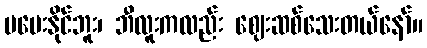
မပေးနိုင်ဘူး၊ ဘီလူးကလည်း ဈေးဆစ်သေးတယ်နော်။